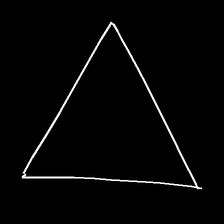
Glyph: convergence